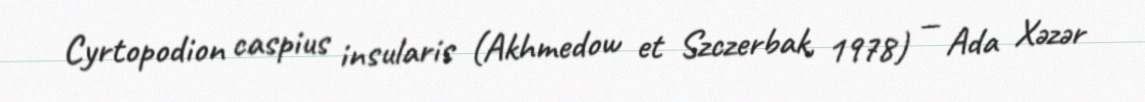
Cyrtopodion caspius insularis (Akhmedow et Szczerbak, 1978) — Ada Xəzər